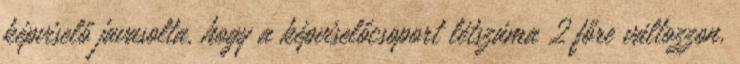
képviselő javasolta, hogy a képviselőcsoport létszáma 2 főre változzon.